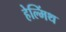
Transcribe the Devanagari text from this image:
हेल्मिंथ